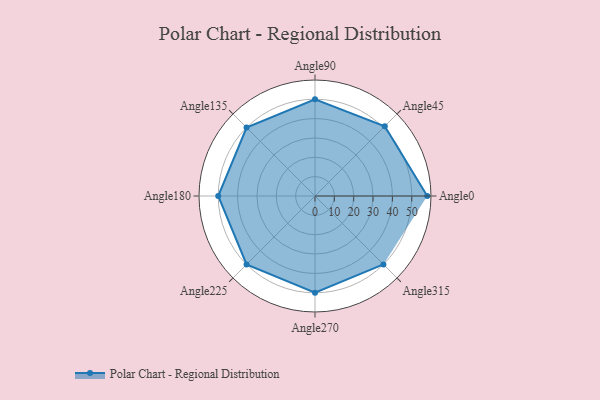
{"axis": {"x": "Angle", "y": "Radius"}, "legend": [""], "data": [{"x": "Angle0", "y": 58.0, "type": ""}, {"x": "Angle45", "y": 51.0, "type": ""}, {"x": "Angle90", "y": 50, "type": ""}, {"x": "Angle135", "y": 50, "type": ""}, {"x": "Angle180", "y": 50, "type": ""}, {"x": "Angle225", "y": 50, "type": ""}, {"x": "Angle270", "y": 50, "type": ""}, {"x": "Angle315", "y": 50, "type": ""}]}